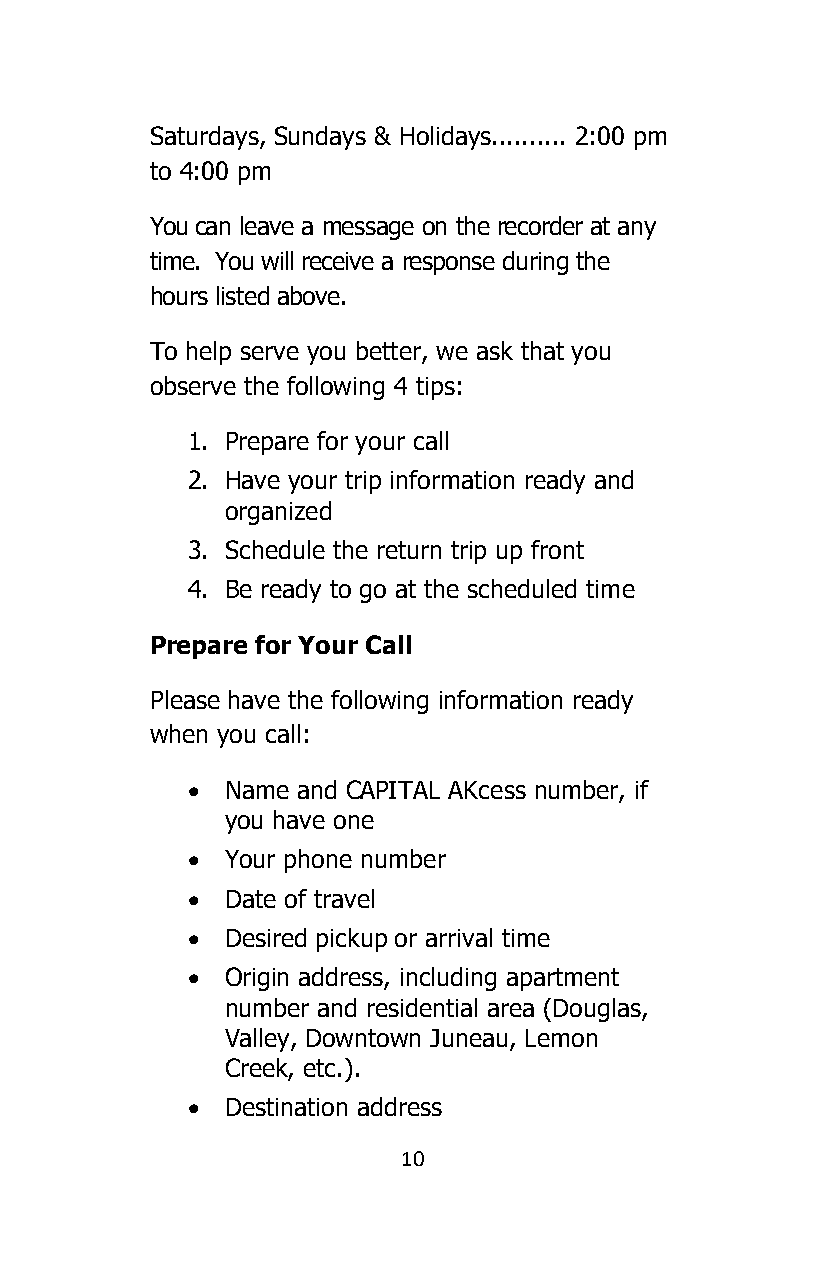
Saturdays, Sundays & Holidays.......... 2:00 pm
 to 4:00 pm
 You can leave a message on the recorder at any
 time. You will receive a response during the
 hours listed above.
 To help serve you better, we ask that you
 observe the following 4 tips:
 1. Prepare for your call
 2. Have your trip information ready and
 organized
 3. Schedule the return trip up front
 4. Be ready to go at the scheduled time
 Prepare for Your Call
 Please have the following information ready
 when you call:
 •  Name and CAPITAL AKcess number, if
 you have one
 •  Your phone number
 •  Date of travel
 •  Desired pickup or arrival time
 •  Origin address, including apartment
 number and residential area (Douglas,
 Valley, Downtown Juneau, Lemon
 Creek, etc.).
 •  Destination address
 10